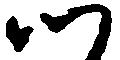
つ